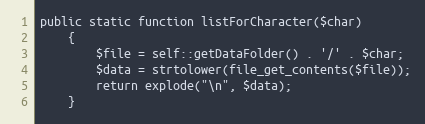
Language: PHP
public static function listForCharacter($char)
    {
        $file = self::getDataFolder() . '/' . $char;
        $data = strtolower(file_get_contents($file));
        return explode("\n", $data);
    }